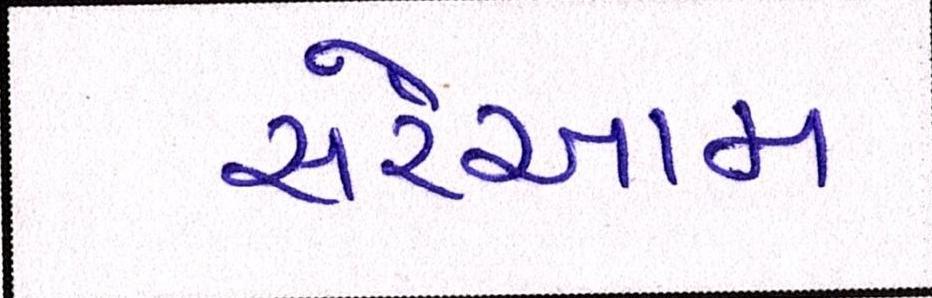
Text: સરેઆમ